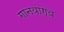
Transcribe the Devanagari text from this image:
गानयोग्य